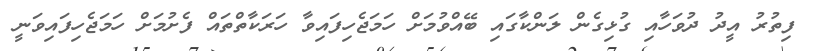
ފިތުރު އީދު ދުވަހާއި ގުޅިގެން ލަންކާގައި ބޭއްވުމަށް ހަމަޖެހިފައިވާ ހަރަކާތްތައް ފެށުމަށް ހަމަޖެހިފައިވަނީ